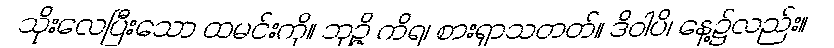
သိုးလေပြီးသော ထမင်းကို။ ဘုဉ္ဇိ ကိရ၊ စားရှာသတတ်။ ဒိဝါပိ၊ နေ့၌လည်း။